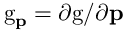
\mathrm { g } _ { \mathbf { p } } = { \partial \mathrm { g } } / { \partial \mathbf { p } }